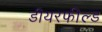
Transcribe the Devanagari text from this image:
डीयरफील्ड